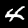
Label: 4